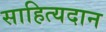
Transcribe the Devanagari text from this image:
साहित्यदान